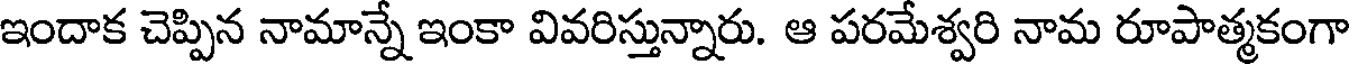
ఇందాక చెప్పిన నామాన్నే ఇంకా వివరిస్తున్నారు. ఆ పరమేశ్వరి నామ రూపాత్మకంగా